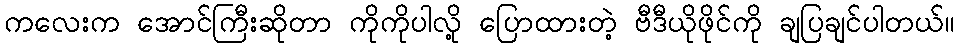
ကလေးက အောင်ကြီးဆိုတာ ကိုကိုပါလို့ ပြောထားတဲ့ ဗီဒီယိုဖိုင်ကို ချပြချင်ပါတယ်။